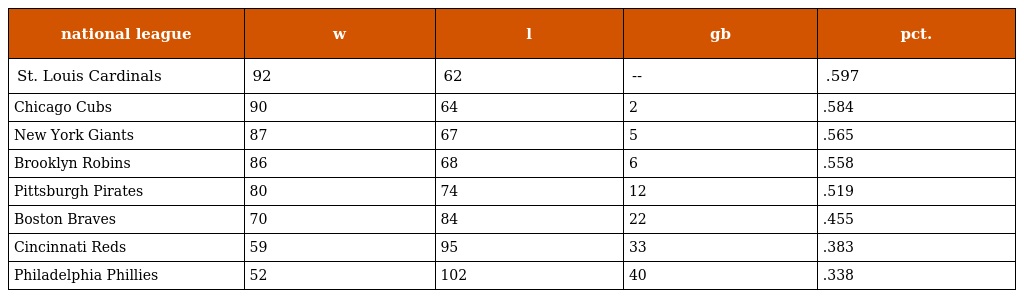
| national league | w | l | gb | pct. |
 | --- | --- | --- | --- | --- |
 | St. Louis Cardinals | 92 | 62 | -- | .597 |
 | Chicago Cubs | 90 | 64 | 2 | .584 |
 | New York Giants | 87 | 67 | 5 | .565 |
 | Brooklyn Robins | 86 | 68 | 6 | .558 |
 | Pittsburgh Pirates | 80 | 74 | 12 | .519 |
 | Boston Braves | 70 | 84 | 22 | .455 |
 | Cincinnati Reds | 59 | 95 | 33 | .383 |
 | Philadelphia Phillies | 52 | 102 | 40 | .338 |